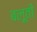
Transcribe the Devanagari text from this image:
बलूती